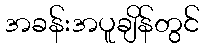
အခန်းအပူချိန်တွင်